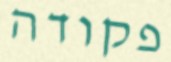
פקודה